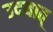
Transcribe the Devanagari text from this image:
उदयात्‌